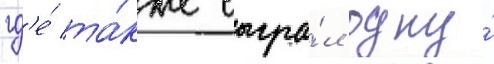
гд'е́ та́кже сыгра́л одну́